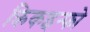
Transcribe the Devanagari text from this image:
क्रिकइन्फो